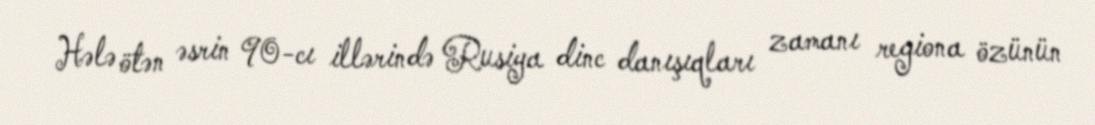
Hələ ötən əsrin 90-cı illərində Rusiya dinc danışıqları zamanı regiona özünün